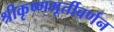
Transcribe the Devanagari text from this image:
श्रीकृष्णमूर्तीवर्णन